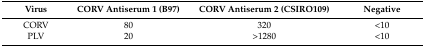
<table><thead><tr><td><b>Virus</b></td><td><b>CORV Antiserum 1 (B97)</b></td><td><b>CORV Antiserum 2 (CSIRO109)</b></td><td><b>Negative</b></td></tr></thead><tbody><tr><td>CORV</td><td>80</td><td>320</td><td>&lt;10</td></tr><tr><td>PLV</td><td>20</td><td>&gt;1280</td><td>&lt;10</td></tr></tbody></table>